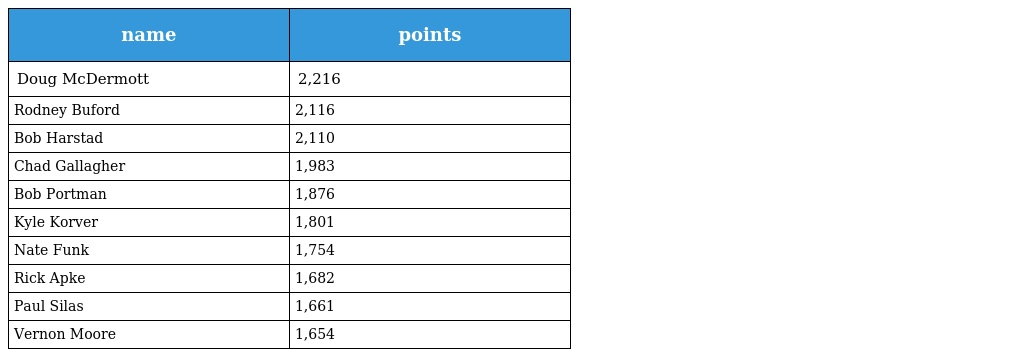
| name | points |
 | --- | --- |
 | Doug McDermott | 2,216 |
 | Rodney Buford | 2,116 |
 | Bob Harstad | 2,110 |
 | Chad Gallagher | 1,983 |
 | Bob Portman | 1,876 |
 | Kyle Korver | 1,801 |
 | Nate Funk | 1,754 |
 | Rick Apke | 1,682 |
 | Paul Silas | 1,661 |
 | Vernon Moore | 1,654 |